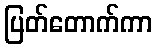
ပြတ်တောက်ကာ